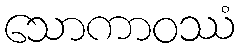
သောကာဝဿံ